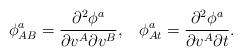
LaTeX: \begin{align*}\phi _{AB}^a=\frac{\partial ^2\phi ^a}{\partial v^A\partial v^B},\;\;\;\phi_{At}^a=\frac{\partial ^2\phi ^a}{\partial v^A\partial t}.\end{align*}